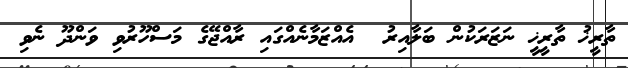
ތާރީޚު ތާރީޚީ ނަޒަރަކުން ބަލާއިރު  އެއްޒަމާނެއްގައި ރާއްޖޭގެ މަސްހޫރުވި ވަންދޫ ނެވި